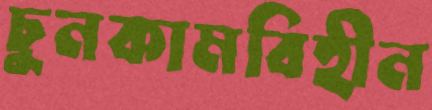
চুনকামবিহীন